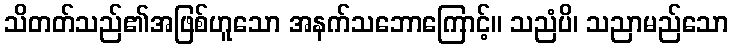
သိတတ်သည်၏အဖြစ်ဟူသော အနက်သဘောကြောင့်။ သညံပိ၊ သညာမည်သော